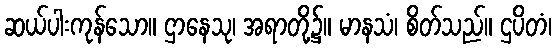
ဆယ်ပါးကုန်သော။ ဌာနေသု၊ အရာတို့၌။ မာနသံ၊ စိတ်သည်။ ဌပိတံ၊